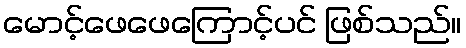
မောင့်ဖေဖေကြောင့်ပင် ဖြစ်သည်။